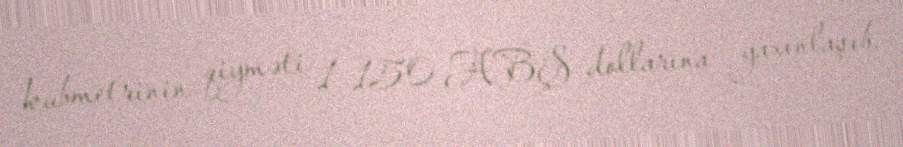
kubmetrinin qiyməti 1 150 ABŞ dollarına yaxınlaşıb.